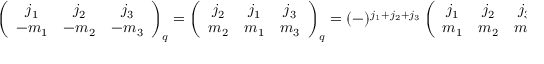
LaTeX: \left( \begin{array} { c c c } { { j _ { 1 } } } & { { j _ { 2 } } } & { { j _ { 3 } } } \\ { { - m _ { 1 } } } & { { - m _ { 2 } } } & { { - m _ { 3 } } } \end{array} \right) _ { q } = \left( \begin{array} { c c c } { { j _ { 2 } } } & { { j _ { 1 } } } & { { j _ { 3 } } } \\ { { m _ { 2 } } } & { { m _ { 1 } } } & { { m _ { 3 } } } \end{array} \right) _ { q } = ( - ) ^ { j _ { 1 } + j _ { 2 } + j _ { 3 } } \left( \begin{array} { c c c } { { j _ { 1 } } } & { { j _ { 2 } } } & { { j _ { 3 } } } \\ { { m _ { 1 } } } & { { m _ { 2 } } } & { { m _ { 3 } } } \end{array} \right) _ { q ^ { - 1 } }